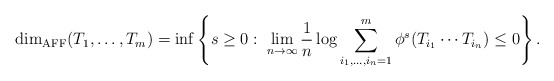
\begin{align*}\dim_{\rm AFF}(T_1,\ldots, T_m)=\inf\left\{s\geq 0:\; \lim_{n\to \infty}\frac{1}{n} \log \sum_{i_1,\ldots, i_n=1}^m\phi^s(T_{i_1}\cdots T_{i_n})\leq 0\right\}.\end{align*}